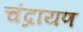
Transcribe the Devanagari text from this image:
चंद्रायण